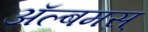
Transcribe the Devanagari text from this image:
अॅल्बमस्